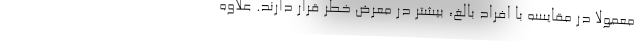
معمولا در مقایسه با افراد بالغ، بیشتر در معرض خطر قرار دارند. علاوه